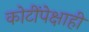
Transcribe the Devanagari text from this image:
कोटींपेक्षाही